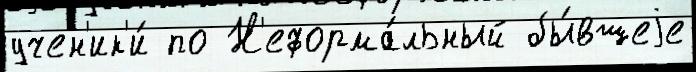
учен'ик'и́ по Н'еформа́льный бы́вшеjе